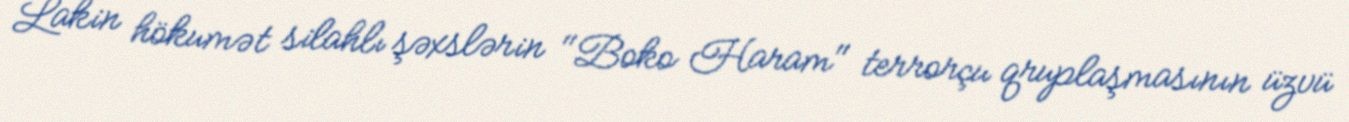
Lakin hökumət silahlı şəxslərin "Boko Haram" terrorçu qruplaşmasının üzvü